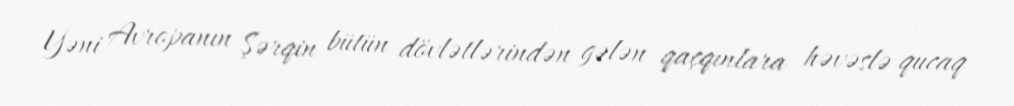
Yəni Avropanın Şərqin bütün dövlətlərindən gələn qaçqınlara həvəslə qucaq